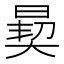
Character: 𪰳